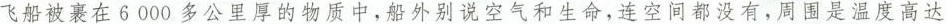
飞船被裹在6000多公里的物质中，船外别说空气和生命，连空间都没有，周围是温度高达